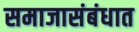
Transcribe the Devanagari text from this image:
समाजासंबंधात